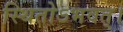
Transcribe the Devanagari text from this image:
स्थितोऽभवत्‌।